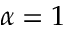
\alpha = 1